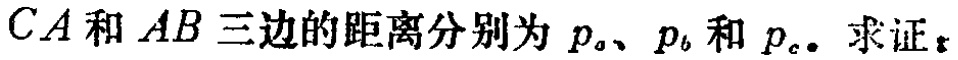
$CA和AB三边的距离分别为p_{a}、p_{b}和p_{c}。求证_{z}$